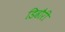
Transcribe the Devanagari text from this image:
डिढौरी